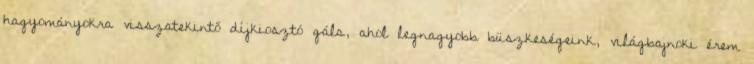
hagyományokra visszatekintő díjkiosztó gála, ahol legnagyobb büszkeségeink, világbajnoki érem